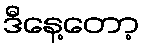
ဒီနေ့တော့